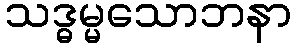
သဒ္ဓမ္မသောဘနာ